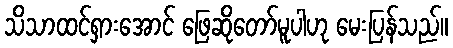
သိသာထင်ရှားအောင် ဖြေဆိုတော်မူပါဟု မေးပြန်သည်။